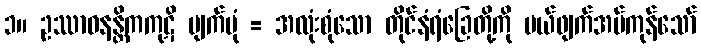
၁။ ဥဿာဝနန္တိကကုဋိ ပျက်ပုံ = အလုံးစုံသော တိုင်နံရံခြေတို့ကို ပယ်ဖျက်အပ်ကုန်သော်